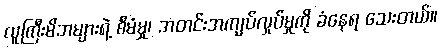
လူကြီးမိဘများရဲ့ စီမံမှု၊ အတင်းအကျပ်လှုပ်မှုကို ခံနေရ သေးတယ်။